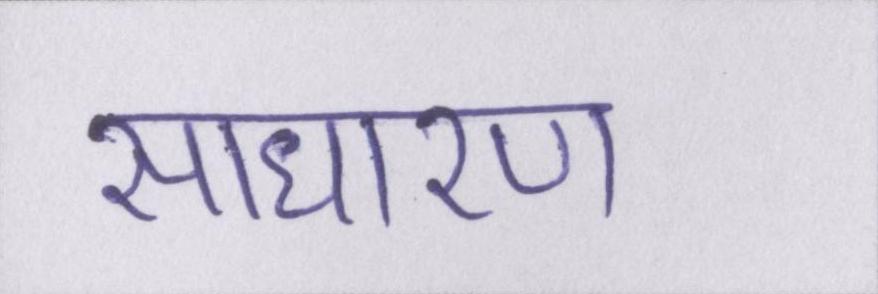
साधारण